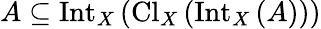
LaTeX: A\subseteq\operatorname{Int}_{X}\left(\operatorname{Cl}_{X}\left(\operatorname{Int}_{X}\left(A\right)\right)\right)